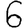
Digit: 6